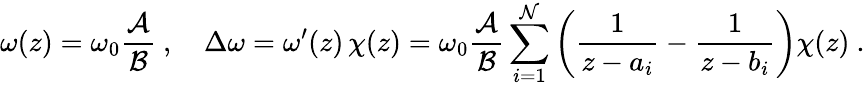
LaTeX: \omega(z)=\omega_{0}{\frac{\cal A}{\cal B}}\ ,\quad\Delta\omega=\omega^{\prime}(z)\, \chi(z)=\omega_{0}{\frac{\cal A}{\cal B}}\sum_{i=1}^{\cal N}\left({\frac{1}{z-a_{i}}}-{\frac{1}{z-b_{i}}}\right)\chi(z)\ .